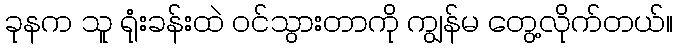
ခုနက သူ ရုံးခန်းထဲ ဝင်သွားတာကို ကျွန်မ တွေ့လိုက်တယ်။